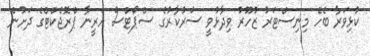
ކުޅިވަރާ ބެހޭ މިނިސްޓަރު ޒުހޫރު ވިދާޅުވީ ސަރުކާރުގެ ސްޕޯޓްސް އެރީނާ ޕްރޮޖެކްޓްގެ ދަށުން